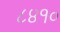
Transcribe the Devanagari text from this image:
८४१०